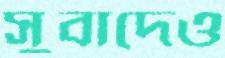
সুবাদেও